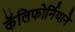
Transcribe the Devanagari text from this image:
कॅलिफोर्नियाने